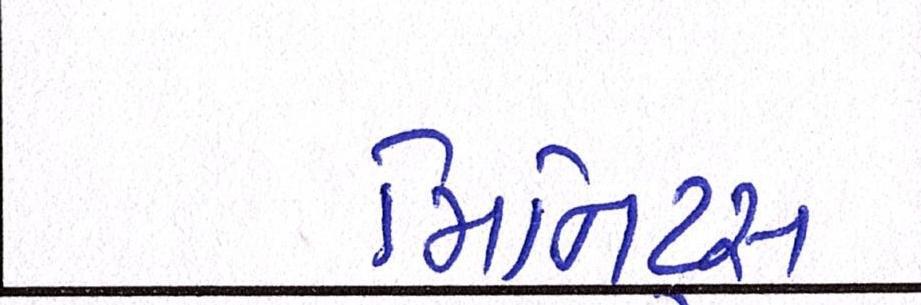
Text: મિનિટ્સ